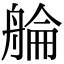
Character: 䑳